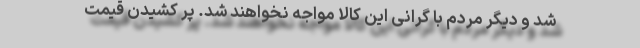
شد و دیگر مردم با گرانی این کالا مواجه نخواهند شد. پَر کشیدن قیمت